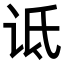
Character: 诋